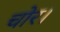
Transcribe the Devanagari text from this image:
चोर।